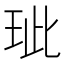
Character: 玼